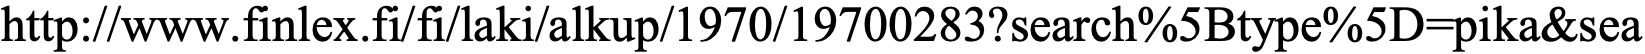
http://www.finlex.fi/fi/laki/alkup/1970/19700283?search%5Btype%5D=pika&sea